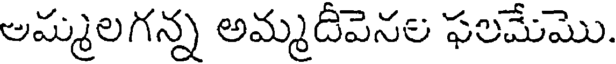
అమ్మలగన్న అమ్మదీవెనల ఫలమేమొ.